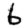
Digit: 6